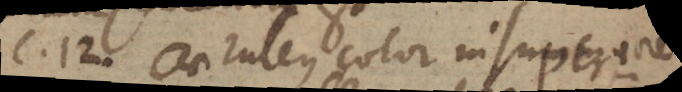
c. 12. Caeruleus color in superiore